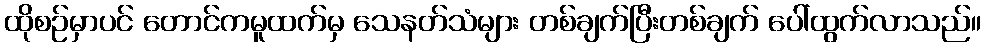
ထိုစဉ်မှာပင် တောင်ကမူထက်မှ သေနတ်သံများ တစ်ချက်ပြီးတစ်ချက် ပေါ်ထွက်လာသည်။